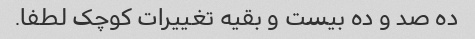
ده صد و ده بیست و بقیه تغییرات کوچک لطفا.